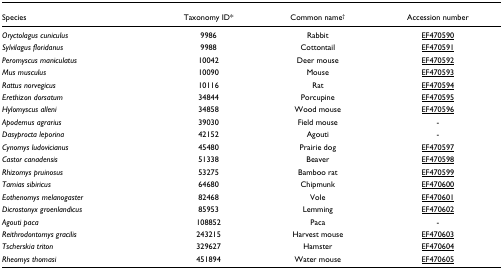
<table><thead><tr><td><b>Species</b></td><td><b>Taxonomy ID*</b></td><td><b>Common name<sup>†</sup></b></td><td><b>Accession number</b></td></tr></thead><tbody><tr><td><i>Oryctolagus cuniculus</i></td><td>9986</td><td>Rabbit</td><td>EF470590</td></tr><tr><td><i>Sylvilagus floridanus</i></td><td>9988</td><td>Cottontail</td><td>EF470591</td></tr><tr><td><i>Peromyscus maniculatus</i></td><td>10042</td><td>Deer mouse</td><td>EF470592</td></tr><tr><td><i>Mus musculus</i></td><td>10090</td><td>Mouse</td><td>EF470593</td></tr><tr><td><i>Rattus norvegicus</i></td><td>10116</td><td>Rat</td><td>EF470594</td></tr><tr><td><i>Erethizon dorsatum</i></td><td>34844</td><td>Porcupine</td><td>EF470595</td></tr><tr><td><i>Hylomyscus alleni</i></td><td>34858</td><td>Wood mouse</td><td>EF470596</td></tr><tr><td><i>Apodemus agrarius</i></td><td>39030</td><td>Field mouse</td><td>-</td></tr><tr><td><i>Dasyprocta leporina</i></td><td>42152</td><td>Agouti</td><td>-</td></tr><tr><td><i>Cynomys ludovicianus</i></td><td>45480</td><td>Prairie dog</td><td>EF470597</td></tr><tr><td><i>Castor canadensis</i></td><td>51338</td><td>Beaver</td><td>EF470598</td></tr><tr><td><i>Rhizomys pruinosus</i></td><td>53275</td><td>Bamboo rat</td><td>EF470599</td></tr><tr><td><i>Tamias sibiricus</i></td><td>64680</td><td>Chipmunk</td><td>EF470600</td></tr><tr><td><i>Eothenomys melanogaster</i></td><td>82468</td><td>Vole</td><td>EF470601</td></tr><tr><td><i>Dicrostonyx groenlandicus</i></td><td>85953</td><td>Lemming</td><td>EF470602</td></tr><tr><td><i>Agouti paca</i></td><td>108852</td><td>Paca</td><td>-</td></tr><tr><td><i>Reithrodontomys gracilis</i></td><td>243215</td><td>Harvest mouse</td><td>EF470603</td></tr><tr><td><i>Tscherskia triton</i></td><td>329627</td><td>Hamster</td><td>EF470604</td></tr><tr><td><i>Rheomys thomasi</i></td><td>451894</td><td>Water mouse</td><td>EF470605</td></tr></tbody></table>